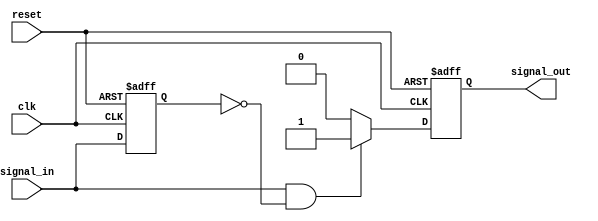
module pos_edge_detector (
    input wire clk,           // Clock signal
    input wire reset,         // Reset signal
    input wire signal_in,     // Input signal to detect edges
    output reg signal_out     // Output signal indicating a detected edge
);

    reg signal_in_prev;       // Register to hold the previous state of signal_in

    // Synchronous process
    always @(posedge clk or posedge reset) begin
        if (reset) begin
            signal_in_prev <= 1'b0; // Initialize previous state to 0 on reset
            signal_out <= 1'b0;      // Initialize output to 0 on reset
        end else begin
            // Edge detection logic
            if (signal_in && !signal_in_prev) begin
                signal_out <= 1'b1;   // Rising edge detected, set output high
            end else begin
                signal_out <= 1'b0;    // No edge detected, reset output
            end
            
            // Update previous state
            signal_in_prev <= signal_in; // Store current state for next clock cycle
        end
    end

endmodule